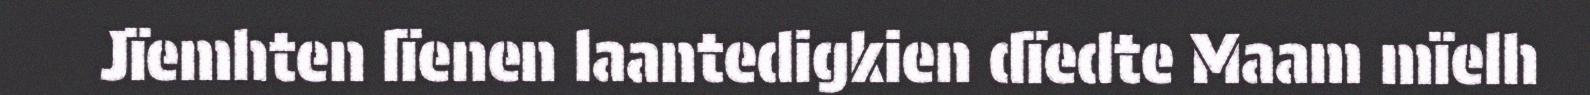
Jïemhten lïenen laantedigkien dïedte Maam mïelh